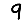
Digit: 9